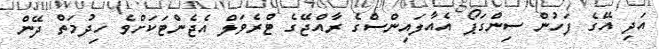
އަދި އޭގެ ފަހުން ސިންގަޕޯ އެއާލައިންސްގެ ރާއްޖޭގެ ޓްރެވަލް އެޖެންޓަކަށްވެ ހިދުމަތް ދޭން